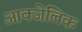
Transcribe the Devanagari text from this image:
आक्जेलिक